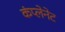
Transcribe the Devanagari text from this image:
कंप्लेनेट